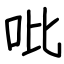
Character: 吡